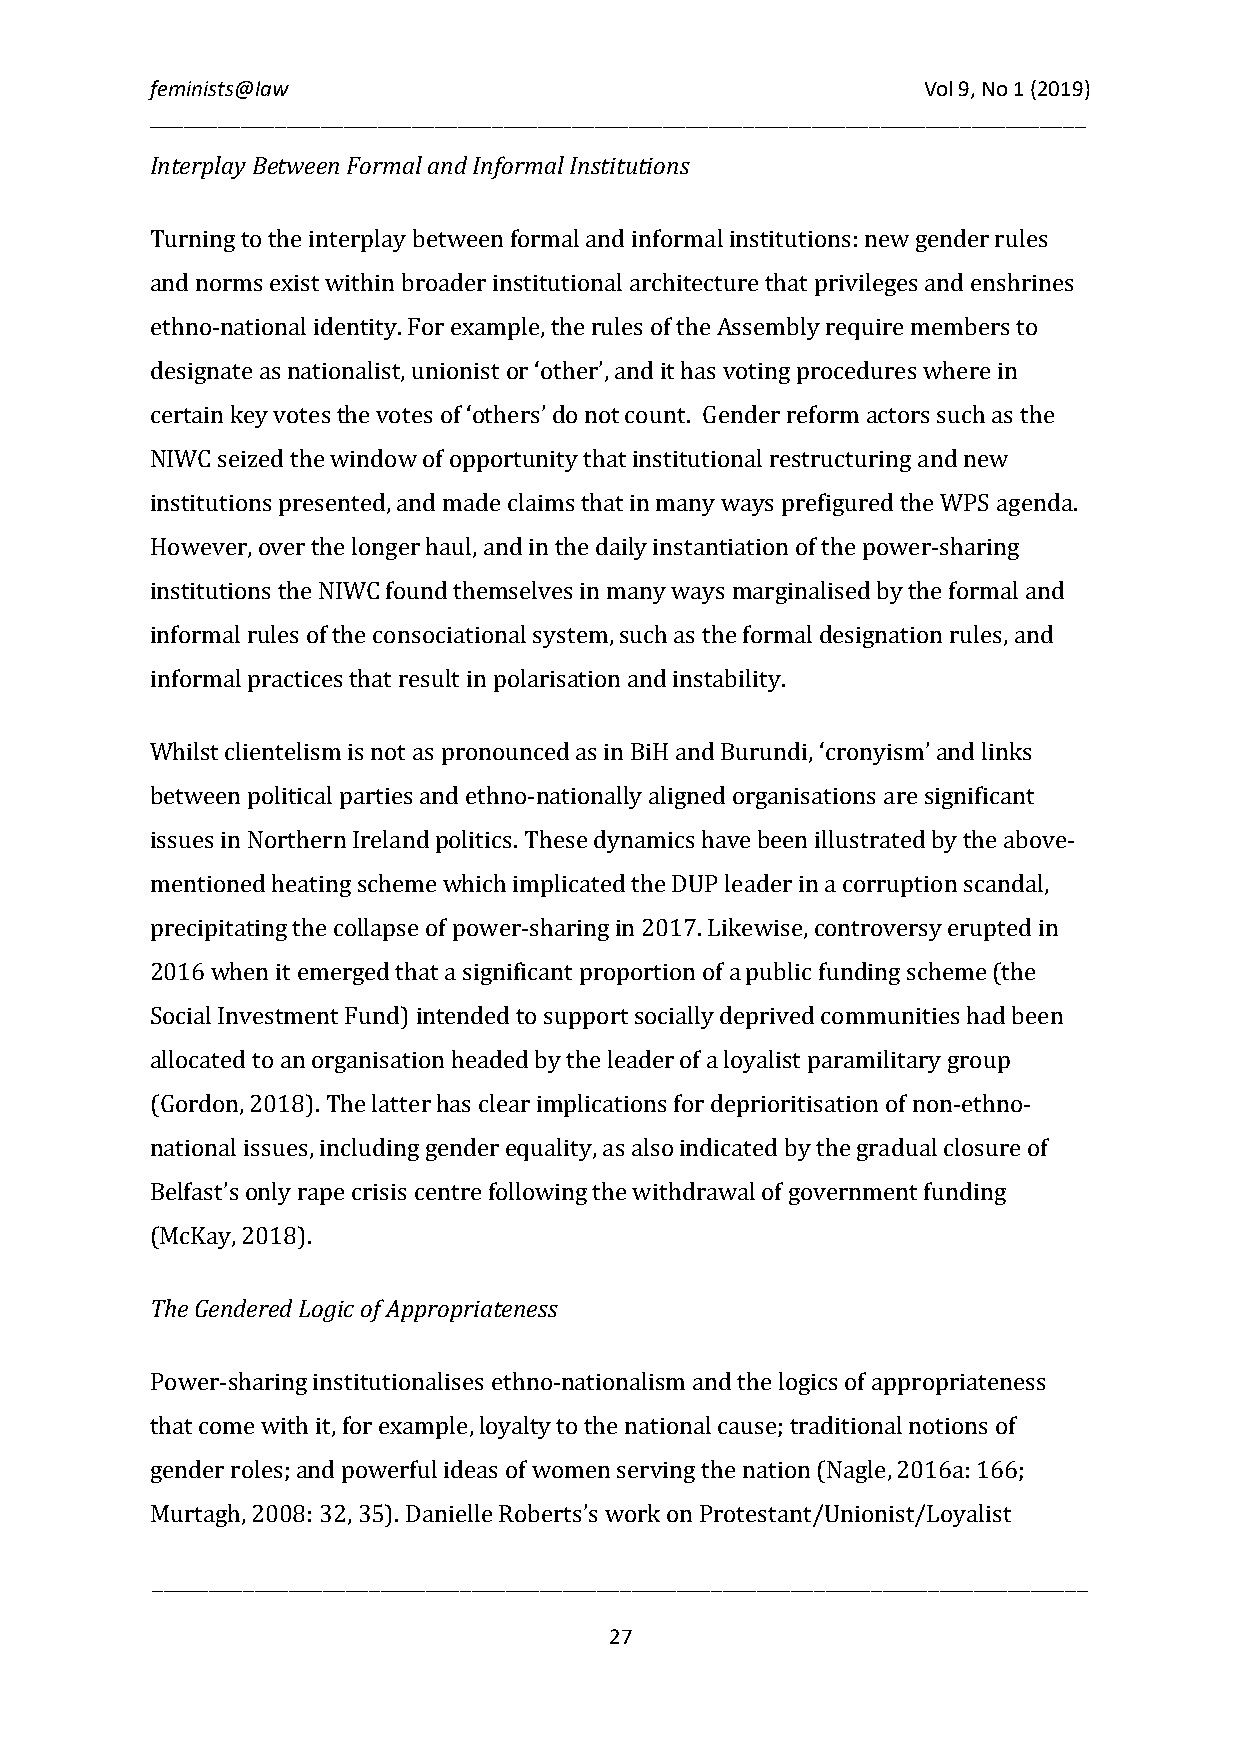
feminists@law                                      Vol 9, No 1 (2019)
 __________________________________________________________________________________
 Interplay Between Formal and Informal Institutions
 Turning to the interplay between formal and informal institutions:new gender rules
 and norms exist within broader institutional architecture that privileges and enshrines
 ethno-national identity. For example, the rules of the Assembly require members to
 designate as nationalist, unionist or ‘other’, and it has voting procedures where in
 certain key votes the votes of ‘others’ do not count. Gender reform actors such as the
 NIWC seized the window of opportunity that institutional restructuring andnew
 institutions presented, and made claims that in many ways prefigured the WPS agenda.
 However, over the longer haul, and in the daily instantiation of the power-sharing
 institutions the NIWC found themselves in many ways marginalised by the formal and
 informal rules of the consociational system, such as the formal designation rules, and
 informal practices that result in polarisation and instability.
 Whilst clientelism is not as pronounced as in BiH and Burundi, ‘cronyism’ and links
 between political parties and ethno-nationally aligned organisations are significant
 issues in Northern Ireland politics. These dynamics have been illustrated by the above-
 mentioned heating scheme which implicated the DUP leader in a corruption scandal,
 precipitating the collapse of power-sharing in 2017. Likewise, controversy erupted in
 2016 when it emerged that a significant proportion of a public funding scheme (the
 Social Investment Fund) intended to support socially deprived communities had been
 allocated to an organisation headed by the leader of a loyalist paramilitary group
 (Gordon, 2018). The latter has clear implications for deprioritisation of non-ethno-
 national issues, including gender equality, as also indicated by the gradual closure of
 Belfast’s only rape crisis centre following the withdrawal of government funding
 (McKay, 2018).
 The Gendered Logic of Appropriateness
 Power-sharing institutionalises ethno-nationalism and the logics of appropriateness
 that come with it, for example, loyalty to the national cause; traditional notions of
 gender roles; and powerful ideas of women serving the nation (Nagle, 2016a: 166;
 Murtagh, 2008: 32, 35). Danielle Roberts’s work on Protestant/Unionist/Loyalist
 __________________________________________________________________________________
 27